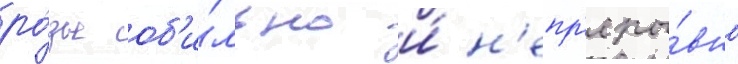
ро́зы об'и́льно и́ н'епр'еры́вно